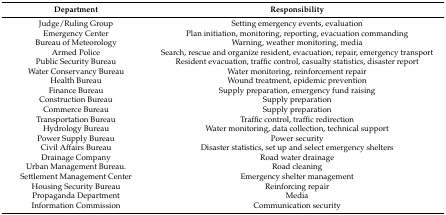
<table><thead><tr><td><b>Department</b></td><td><b>Responsibility</b></td></tr></thead><tbody><tr><td>Judge/Ruling Group</td><td>Setting emergency events, evaluation</td></tr><tr><td>Emergency Center</td><td>Plan initiation, monitoring, reporting, evacuation commanding</td></tr><tr><td>Bureau of Meteorology</td><td>Warning, weather monitoring, media</td></tr><tr><td>Armed Police</td><td>Search, rescue and organize resident, evacuation, repair, emergency transport</td></tr><tr><td>Public Security Bureau</td><td>Resident evacuation, traffic control, casualty statistics, disaster report</td></tr><tr><td>Water Conservancy Bureau</td><td>Water monitoring, reinforcement repair</td></tr><tr><td>Health Bureau</td><td>Wound treatment, epidemic prevention</td></tr><tr><td>Finance Bureau</td><td>Supply preparation, emergency fund raising</td></tr><tr><td>Construction Bureau</td><td>Supply preparation</td></tr><tr><td>Commerce Bureau</td><td>Supply preparation</td></tr><tr><td>Transportation Bureau</td><td>Traffic control, traffic redirection</td></tr><tr><td>Hydrology Bureau</td><td>Water monitoring, data collection, technical support</td></tr><tr><td>Power Supply Bureau</td><td>Power security</td></tr><tr><td>Civil Affairs Bureau</td><td>Disaster statistics, set up and select emergency shelters</td></tr><tr><td>Drainage Company</td><td>Road water drainage</td></tr><tr><td>Urban Management Bureau.</td><td>Road cleaning</td></tr><tr><td>Settlement Management Center</td><td>Emergency shelter management</td></tr><tr><td>Housing Security Bureau</td><td>Reinforcing repair</td></tr><tr><td>Propaganda Department</td><td>Media</td></tr><tr><td>Information Commission</td><td>Communication security</td></tr></tbody></table>